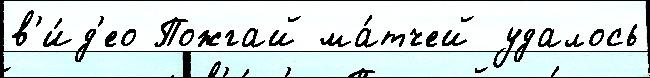
в'и́д'ео Пожгай ма́тчей удалось